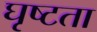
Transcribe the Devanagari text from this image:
घृष्टता